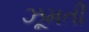
ઝૂમતી